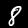
Digit: 8